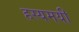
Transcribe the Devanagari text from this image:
हस्यमयी